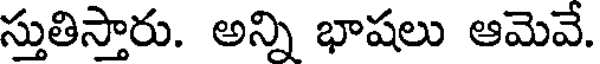
స్తుతిస్తారు. అన్ని భాషలు ఆమెవే.